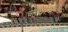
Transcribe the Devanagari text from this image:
जोधाजीचे